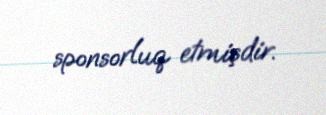
sponsorluq etmişdir.